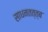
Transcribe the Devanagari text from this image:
साधनतत्त्ब